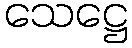
သေဋ္ဌေ